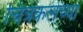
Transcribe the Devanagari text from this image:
चित्रकलेच्‍या